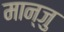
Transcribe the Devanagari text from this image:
मान्जु